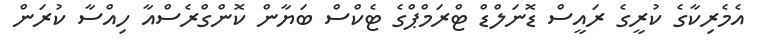
އެމެރިކާގެ ކުރީގެ ރައީސް ޑޮނަލްޑް ޓްރަމްޕްގެ ޓެކްސް ބަޔާން ކޮންގްރެސްއާ ހިއްސާ ކުރަން